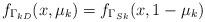
LaTeX: \begin{align*} f_{\Gamma_{kD}}(x,\mu_k)=f_{\Gamma_{Sk}}(x,1-\mu_k) \end{align*}